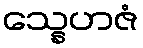
သ္နေဟဇံ